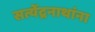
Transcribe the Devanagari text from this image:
सत्येंद्रनाथांना